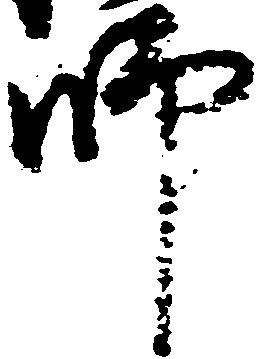
師